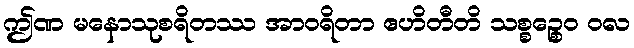
ဤဏ မနောသုစရိတဿ အာဝရိတာ ဧဟိတီတိ သစ္စဉ္စေဝ ဝလ